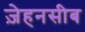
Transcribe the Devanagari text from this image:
ज़ेहनसीब